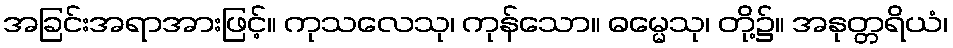
အခြင်းအရာအားဖြင့်။ ကုသလေသု၊ ကုန်သော။ ဓမ္မေသု၊ တို့၌။ အနုတ္တရိယံ၊